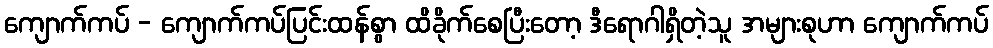
ကျောက်ကပ် - ကျောက်ကပ်ပြင်းထန်စွာ ထိခိုက်စေပြီးတော့ ဒီရောဂါရှိတဲ့သူ အများစုဟာ ကျောက်ကပ်